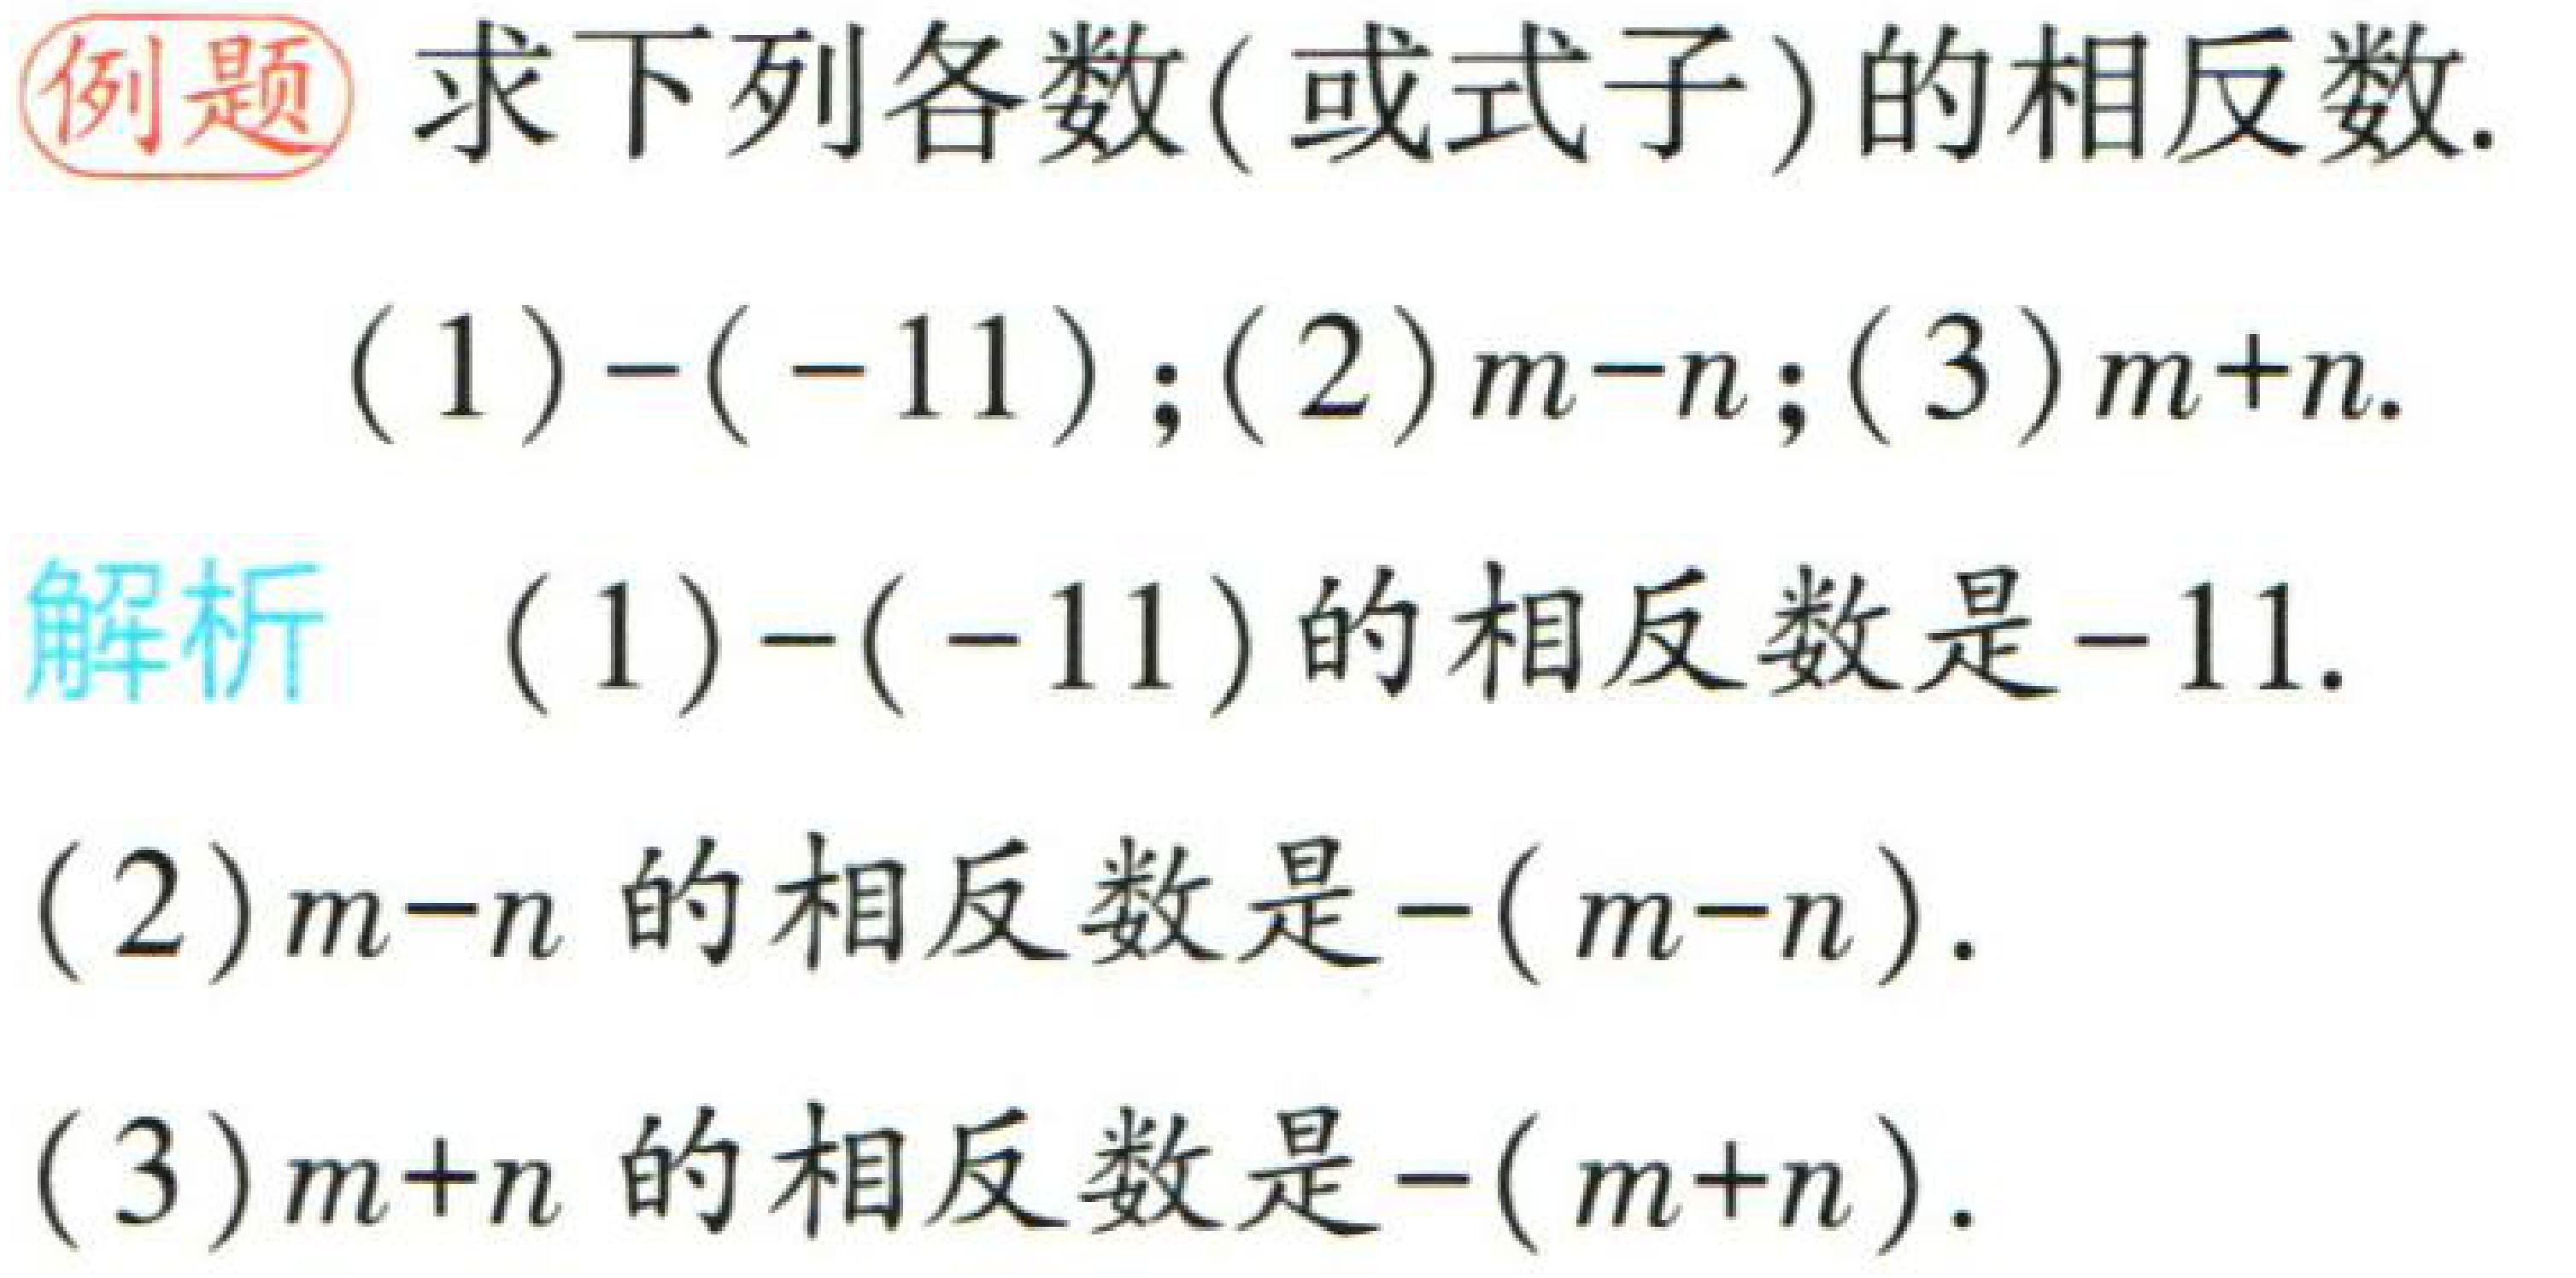
例题 求下列各数(或式子)的相反数.
(1)$-(-11)$;(2)$m - n$;(3)$m + n$.
解析 (1)$-(-11)$的相反数是$-11$.
(2)$m - n$的相反数是$-(m - n)$.
(3)$m + n$的相反数是$-(m + n)$.